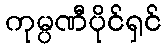
ကုမ္ပဏီပိုင်ရှင်